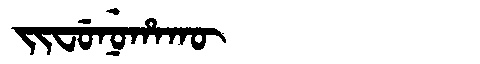
Manchu: ᠵᡳᠸᡠᠨᡠᡥᠠᡴᡡ
Romanization: JIFUNUHAKŪ